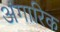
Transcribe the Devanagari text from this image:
अंगारिक